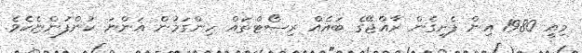
މިއީ 1980 އިން ފެށިގެން ރާއްޖޭގެ ބައެއް ރިސޯޓްތައް ހިންގަމުން އަންނަ ކުންފުންޏެކެވެ.